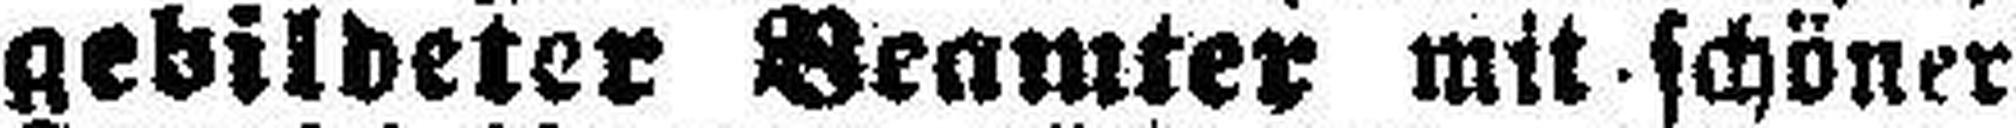
gebildeter Beamter mit schöner